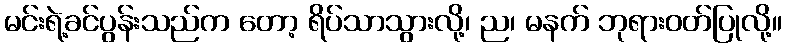
မင်းရဲ့ခင်ပွန်းသည်က တော့ ရိပ်သာသွားလို့၊ ည၊ မနက် ဘုရားဝတ်ပြုလို့။